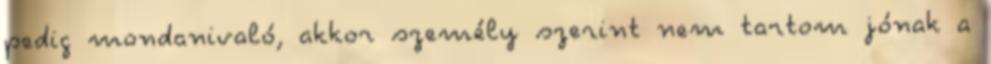
pedig mondanivaló, akkor személy szerint nem tartom jónak a